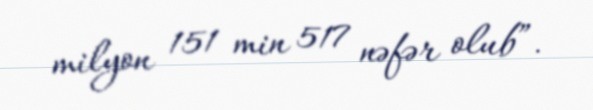
milyon 151 min 517 nəfər olub”.